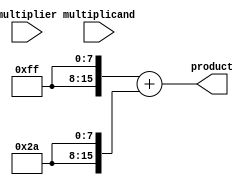
module booth_multiplier #(parameter N = 8, M = 8) (
    input signed [N-1:0] multiplicand,
    input signed [M-1:0] multiplier,
    output reg signed [N+M-1:0] product
);

    reg signed [N-1:0] pp [0:M-1]; // Partial products
    reg [M:0] multiplier_ext; // Extended multiplier for Booth encoding
    integer i;

    // Booth Encoder
    always @(*) begin
        multiplier_ext = {1'b0, multiplier}; // Extend multiplier with an extra bit
        for (i = 0; i < M; i = i + 1) begin
            case (multiplier_ext[i+1:i])
                2'b00: pp[i] = 0; // 0
                2'b01: pp[i] = multiplicand; // +M
                2'b10: pp[i] = -multiplicand; // -M
                2'b11: pp[i] = 0; // 0
                default: pp[i] = 0;
            endcase
        end
    end

    // Wallace Tree Reduction
    wire [N+M-1:0] sum [0:M-1];
    wire [N+M-1:0] carry [0:M-1];
    
    // Initialize partial products
    always @(*) begin
        for (i = 0; i < M; i = i + 1) begin
            sum[i] = {pp[i], i}; // Shift partial products
            carry[i] = 0; // Initialize carry
        end
    end

    // Wallace Tree Logic
    wire [N+M-1:0] final_sum;
    wire [N+M-1:0] final_carry;

    // Example of a simple Wallace tree reduction (2 levels)
    // This can be expanded to handle more levels and more inputs
    generate
        genvar j;
        for (j = 0; j < M; j = j + 1) begin : reduction
            if (j < M-1) begin
                assign {final_carry[j], final_sum[j]} = sum[j] + sum[j+1];
            end else begin
                assign final_sum[j] = sum[j];
                assign final_carry[j] = 0;
            end
        end
    endgenerate

    // Final Addition
    always @(*) begin
        product = final_sum + final_carry; // Combine final sums and carries
    end

endmodule